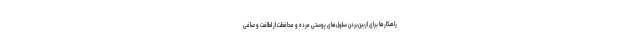
راهکارها برای ازبین‌بردن سلول‌های پوستی مرده و محافظت از لطافت و صافی